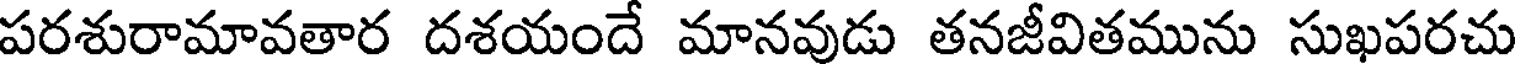
పరశురామావతార దశయందే మానవుడు తనజీవితమును సుఖపరచు